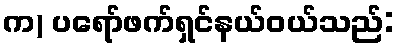
က) ပရော်ဖက်ရှင်နယ်ဝယ်သည်: